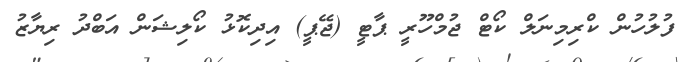
ފުލުހުން ކްރިމިނަލް ކޯޓް ޖުމްހޫރީ ޕާޓީ (ޖޭޕީ) އިދިކޮޅު ކޯލިޝަން އަބްދު ރިޔާޒު